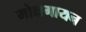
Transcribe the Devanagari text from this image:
मोक्षगायन